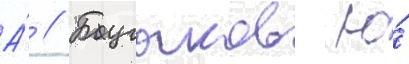
А́ // Бугаков ю́